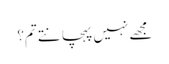
مجھے نہیں پہچانتے تم؟